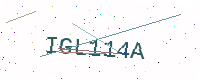
Text: IGL114A